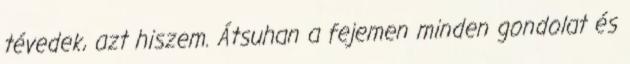
tévedek, azt hiszem. Átsuhan a fejemen minden gondolat és